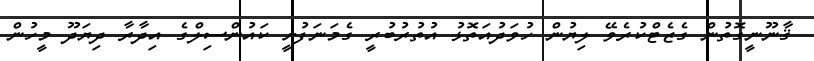
ޤާނޫނީގޮތުން ގެޒެޓްކުރެވޭ ލިޔުން ހުވަދުއަތޮޅު އުތުރުބުރީ ގެމަނަފުށީ ކައުންސިލްގެ އިދާރާ ދިޔަދޫ މީހުން